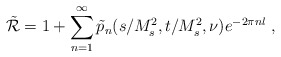
\begin{align*}\tilde{\cal R}=1+\sum_{n=1}^{\infty}\tilde p_n(s/M_s^2,t/M_s^2,\nu)e^{-2\pi n l} \ ,\end{align*}